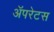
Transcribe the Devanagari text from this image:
अॅपरेटस